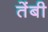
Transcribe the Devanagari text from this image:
तेंबी